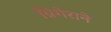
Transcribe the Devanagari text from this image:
ग्रिगेराने